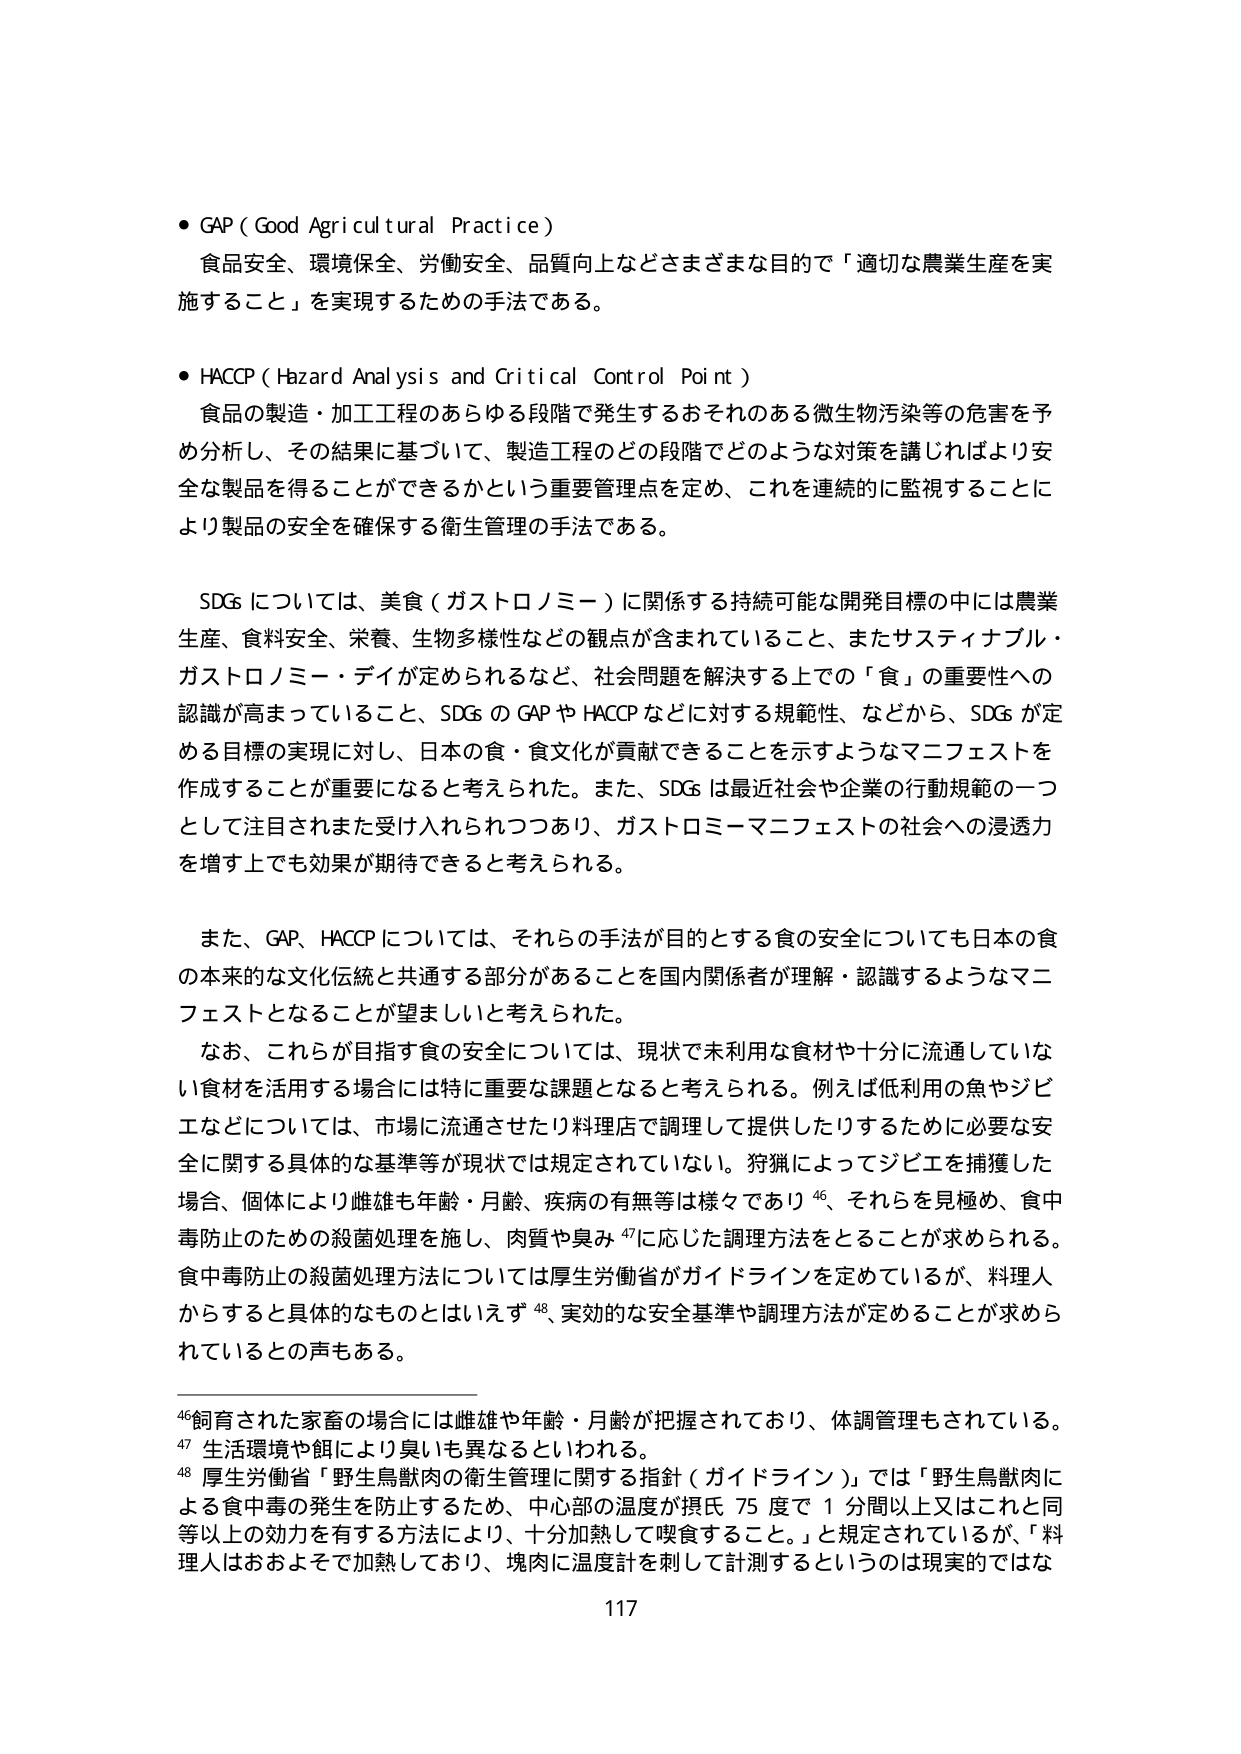
• GAP (Good Agricultural Practice)
食品安全、環境保全、労働安全、品質向上などさまざまな目的で「適切な農業生産を実施すること」を実現するための手法である。

• HACCP (Hazard Analysis and Critical Control Point)
食品の製造・加工工程のあらゆる段階で発生するおそれのある微生物汚染等の危害を予め分析し、その結果に基づいて、製造工程のどの段階でどのような対策を講じればより安全な製品を得ることができるかという重要管理点を定め、これを連続的に監視することにより製品の安全を確保する衛生管理の手法である。

SDGs については、美食（ガストロノミー）に関係する持続可能な開発目標の中には農業生産、食料安全、栄養、生物多様性などの観点が含まれていること、またサステイナブル・ガストロノミー・ディが定められるなど、社会問題を解決する上での「食」の重要性への認識が高まっていること、SDGs の GAP や HACCP などに対する規範性、などから、SDGs が定める目標の実現に対し、日本の食・食文化が貢献できることを示すようなマニフェストを作成することが重要になると考えられた。また、SDGs は最近社会や企業の行動規範の一つとして注目されまた受け入れられつつあり、ガストロミーマニフェストの社会への浸透力を増上でも効果が期待できると考えられる。

また、GAP、HACCP については、それらの手法が目的とする食の安全についても日本の食の本来的な文化伝統と共通する部分があることを国内関係者が理解・認識するようなマニフェストとなることが望ましいと考えられた。

なお、これらが目指す食の安全については、現状で未利用な食材や十分に流通していない食材を活用する場合には特に重要な課題となると考えられる。例えば低利用の魚やジビエなどについては、市場に流通させたり料理店で調理して提供したりするために必要な安全に関する具体的な基準等が現状では規定されていない。狩猟によってジビエを捕獲した場合、個体により雌雄も年齢・月齢、疾病の有無等は様々であり 46、それらを見極め、食中毒防止のための殺菌処理を施し、肉質や臭み 47に応じた調理方法をとることが求められる。食中毒防止の殺菌処理方法については厚生労働省がガイドラインを定めているが、料理人からすると具体的なものとはいえず 48、実効的な安全基準や調理方法が定めることが求められているとの声もある。

46 飼育された家畜の場合には雌雄や年齢・月齢が把握されており、体調管理もされている。
47 生活環境や餌により臭いも異なるといわれる。
48 厚生労働省「野生鳥獣肉の衛生管理に関する指針（ガイドライン）」では「野生鳥獣肉による食中毒の発生を防止するため、中心部の温度が摂氏 75 度で 1 分間以上又はこれと同等以上の効力を有する方法により、十分加熱して喫食すること。」と規定されているが、「料理人はおおよそで加熱しており、塊肉に温度計を刺して計測するというのは現実的ではな

117